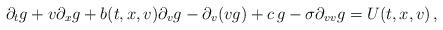
LaTeX: \begin{align*}\partial_t g +v \partial_x g + b(t,x,v) \partial_v g- \partial_v(vg) +c\, g- \sigma \partial_{vv}g = U(t,x,v)\,,\end{align*}